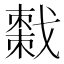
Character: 𫼄